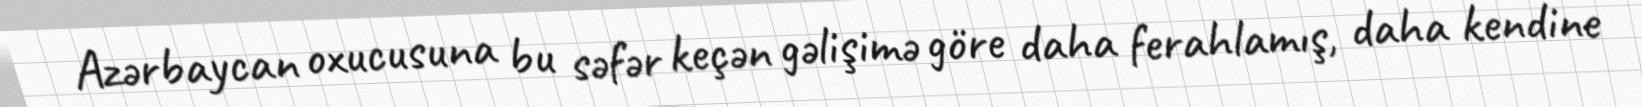
Azərbaycan oxucusuna bu səfər keçən gəlişimə göre daha ferahlamış, daha kendine